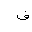
Letter: _fa